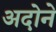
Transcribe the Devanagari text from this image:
अदोने